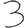
Digit: 3